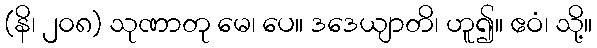
(နိ၊ ၂၀၈) သုဏာတု မေ၊ ပေ။ ဒဒေယျာတိ၊ ဟူ၍။ ဧဝံ၊ သို့။